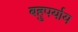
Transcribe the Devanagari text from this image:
बहुपर्याय